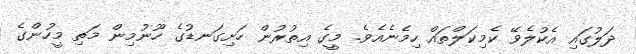
ދަލުގައި އެކުލެވޭ ކެމިކަލްތައް ހިމެނެއެވެ. މީގެ އިތުރުން ހަށިގަނޑުގެ ހޫނުމިން މަތި މީހުންގެ